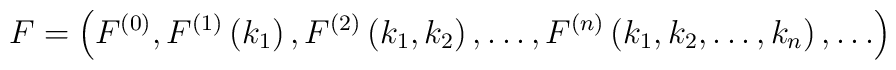
F=\left(F^{(0)}, F^{(1)}\left(k_1\right),F^{(2)}\left(k_1, k_2\right), \ldots ,F^{(n)}\left(k_1, k_2, \ldots, k_n\right), \ldots \right)\,